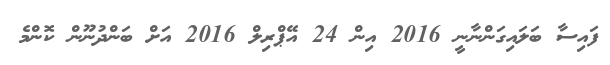
ފައިސާ ބަލައިގަންނާނީ 2016 އިން 24 އޭޕްރިލް 2016 އަށް ބަންދުނޫން ކޮންމެ